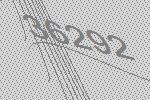
36292